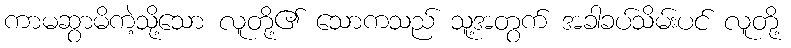
ကာမဆွာမိကဲ့သို့သော လူတို့၏ သောကသည် သူ့အတွက် အခါခပ်သိမ်းပင် လူတို့